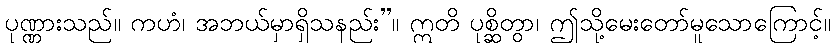
ပုဏ္ဏားသည်။ ကဟံ၊ အဘယ်မှာရှိသနည်း”။ ဣတိ ပုစ္ဆိတွာ၊ ဤသို့မေးတော်မူသောကြောင့်။